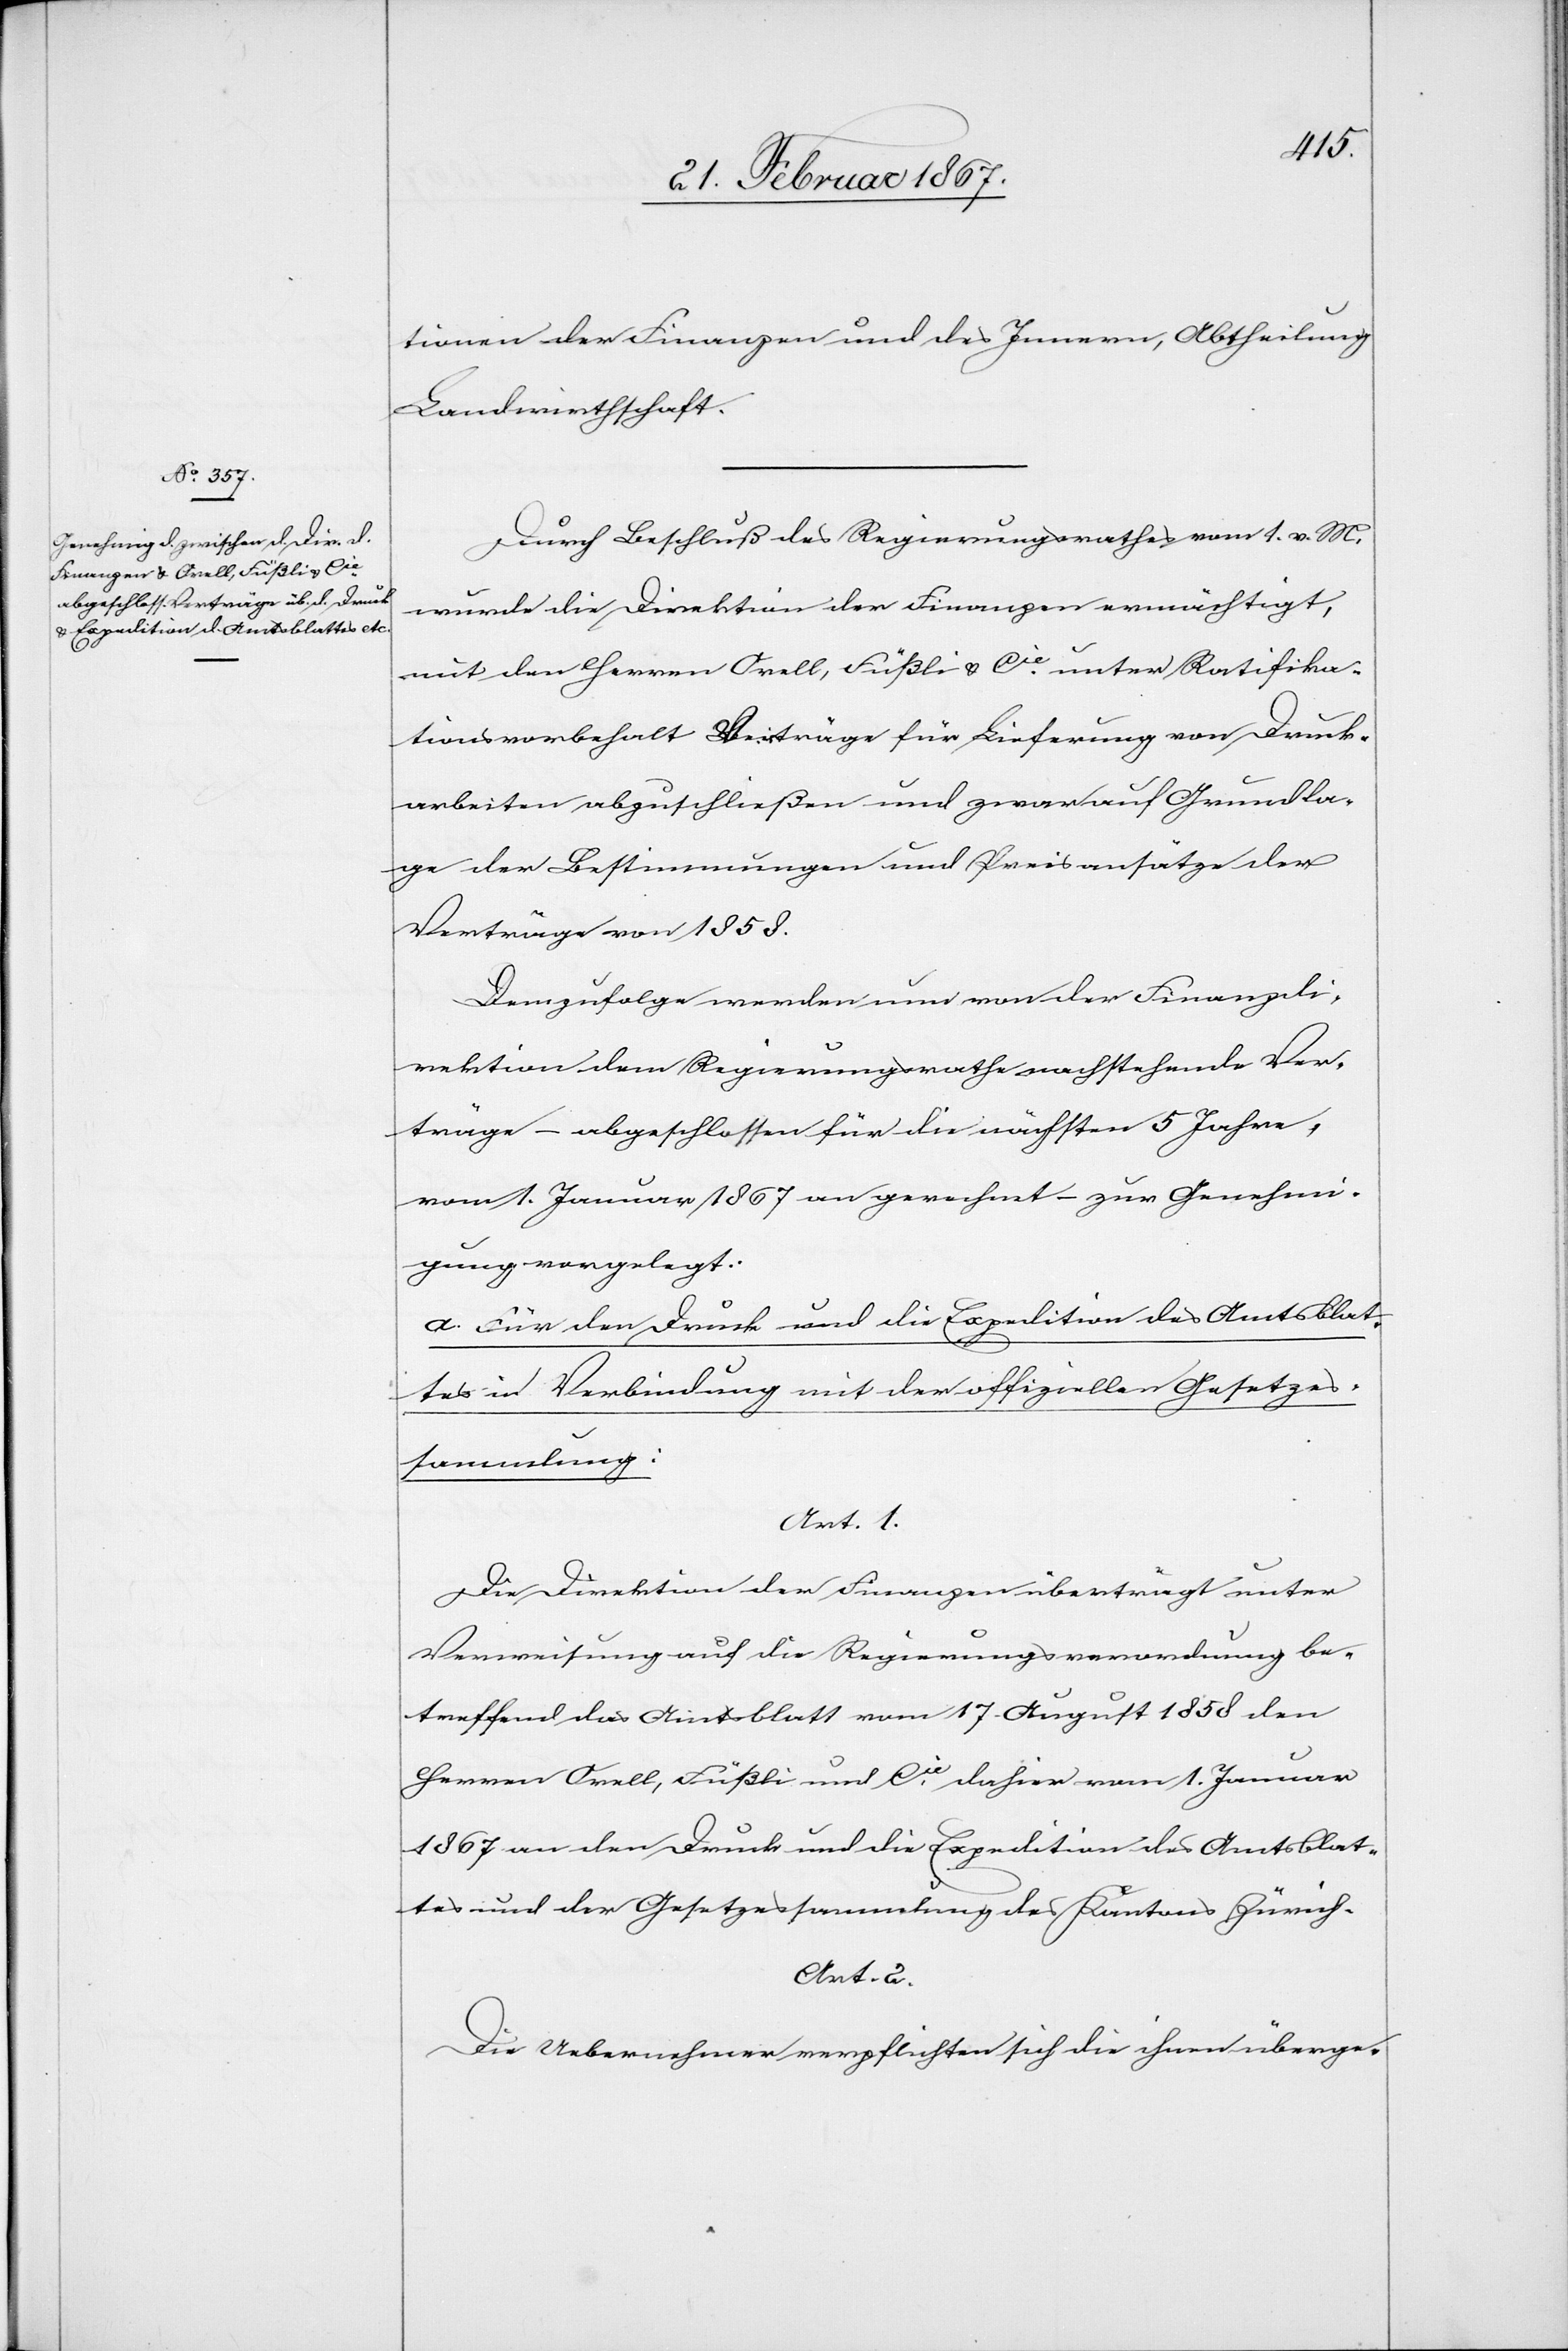
tionen der Finanzen und des Innern, Abtheilung
Landwirthschaft.
Durch Beschluß des Regierungsrathes vom 1. v. M.
wurde die Direktion der Finanzen ermächtigt,
mit den Herren Orell, Füßli u. Cie. unter Ratifika¬
tionsvorbehalt Verträge für Lieferung von Druck¬
arbeiten abzuschließen und zwar auf Grundla¬
ge der Bestimmungen und Preisansätze der
Verträge von 1858.
Demzufolge werden nun von der Finanzdi¬
rektion dem Regierungsrathe nachstehende Ver¬
träge – abgeschlossen für die nächsten 5 Jahre,
vom 1. Januar 1867 an gerechnet – zur Genehmi¬
gung vorgelegt:
a. Für den Druck und die Expedition des Amtsblat¬
tes in Verbindung mit der offiziellen Gesetzes¬
sammlung:
Art. 1.
Die Direktion der Finanzen überträgt unter
Verweisung auf die Regierungsverordnung be¬
treffend das Amtsblatt vom 17. August 1858 den
Herren Orell, Füßli und Cie. dahier vom 1. Januar
1867 an den Druck und die Expedition des Amtsblat¬
tes und der Gesetzessammlung des Kantons Zürich.
Art. 2.
Die Uebernehmer verpflichten sich die ihnen überge-